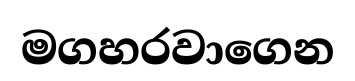
මගහරවාගෙන